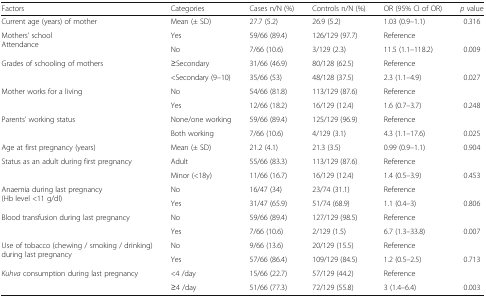
<table><thead><tr><td><b>Factors</b></td><td><b>Categories</b></td><td><b>Cases n/N (%)</b></td><td><b>Controls n/N (%)</b></td><td><b>OR (95% CI of OR)</b></td><td><b><i>p</i> value</b></td></tr></thead><tbody><tr><td>Current age (years) of mother</td><td>Mean (± SD)</td><td>27.7 (5.2)</td><td>26.9 (5.2)</td><td>1.03 (0.9–1.1)</td><td>0.316</td></tr><tr><td rowspan="2">Mothers’ schoolAttendance</td><td>Yes</td><td>59/66 (89.4)</td><td>126/129 (97.7)</td><td>Reference</td><td></td></tr><tr><td>No</td><td>7/66 (10.6)</td><td>3/129 (2.3)</td><td>11.5 (1.1–118.2)</td><td>0.009</td></tr><tr><td rowspan="2">Grades of schooling of mothers</td><td>≥Secondary</td><td>31/66 (46.9)</td><td>80/128 (62.5)</td><td>Reference</td><td></td></tr><tr><td>&lt;Secondary (9–10)</td><td>35/66 (53)</td><td>48/128 (37.5)</td><td>2.3 (1.1–4.9)</td><td>0.027</td></tr><tr><td rowspan="2">Mother works for a living</td><td>No</td><td>54/66 (81.8)</td><td>113/129 (87.6)</td><td>Reference</td><td></td></tr><tr><td>Yes</td><td>12/66 (18.2)</td><td>16/129 (12.4)</td><td>1.6 (0.7–3.7)</td><td>0.248</td></tr><tr><td rowspan="2">Parents’ working status</td><td>None/one working</td><td>59/66 (89.4)</td><td>125/129 (96.9)</td><td>Reference</td><td></td></tr><tr><td>Both working</td><td>7/66 (10.6)</td><td>4/129 (3.1)</td><td>4.3 (1.1–17.6)</td><td>0.025</td></tr><tr><td>Age at first pregnancy (years)</td><td>Mean (± SD)</td><td>21.2 (4.1)</td><td>21.3 (3.5)</td><td>0.99 (0.9–1.1)</td><td>0.904</td></tr><tr><td rowspan="2">Status as an adult during first pregnancy</td><td>Adult</td><td>55/66 (83.3)</td><td>113/129 (87.6)</td><td>Reference</td><td></td></tr><tr><td>Minor (&lt;18y)</td><td>11/66 (16.7)</td><td>16/129 (12.4)</td><td>1.4 (0.5–3.9)</td><td>0.453</td></tr><tr><td rowspan="2">Anaemia during last pregnancy(Hb level &lt;11 g/dl)</td><td>No</td><td>16/47 (34)</td><td>23/74 (31.1)</td><td>Reference</td><td></td></tr><tr><td>Yes</td><td>31/47 (65.9)</td><td>51/74 (68.9)</td><td>1.1 (0.4–3)</td><td>0.806</td></tr><tr><td rowspan="2">Blood transfusion during last pregnancy</td><td>No</td><td>59/66 (89.4)</td><td>127/129 (98.5)</td><td>Reference</td><td></td></tr><tr><td>Yes</td><td>7/66 (10.6)</td><td>2/129 (1.5)</td><td>6.7 (1.3–33.8)</td><td>0.007</td></tr><tr><td rowspan="2">Use of tobacco (chewing / smoking / drinking) during last pregnancy</td><td>No</td><td>9/66 (13.6)</td><td>20/129 (15.5)</td><td>Reference</td><td></td></tr><tr><td>Yes</td><td>57/66 (86.4)</td><td>109/129 (84.5)</td><td>1.2 (0.5–2.5)</td><td>0.713</td></tr><tr><td rowspan="2"><i>Kuhva</i> consumption during last pregnancy</td><td>&lt;4 /day</td><td>15/66 (22.7)</td><td>57/129 (44.2)</td><td>Reference</td><td></td></tr><tr><td>≥4 /day</td><td>51/66 (77.3)</td><td>72/129 (55.8)</td><td>3 (1.4–6.4)</td><td>0.003</td></tr></tbody></table>